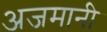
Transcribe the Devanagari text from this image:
अजमानी